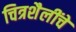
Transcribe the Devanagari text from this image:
चित्रशैलींचे